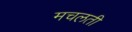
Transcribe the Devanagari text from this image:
मचलती